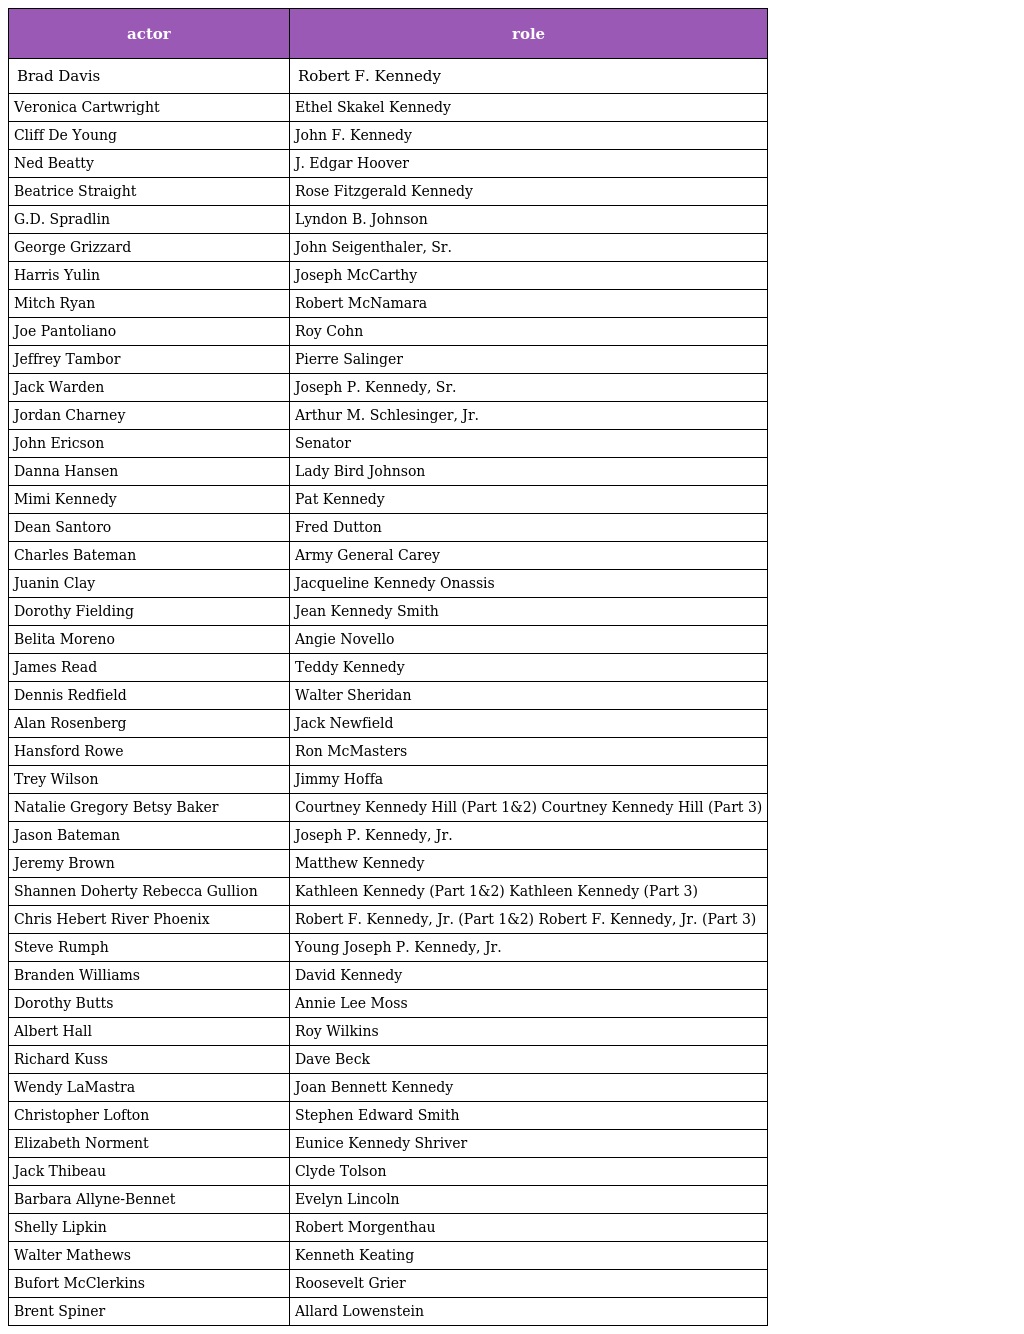
| actor | role |
 | --- | --- |
 | Brad Davis | Robert F. Kennedy |
 | Veronica Cartwright | Ethel Skakel Kennedy |
 | Cliff De Young | John F. Kennedy |
 | Ned Beatty | J. Edgar Hoover |
 | Beatrice Straight | Rose Fitzgerald Kennedy |
 | G.D. Spradlin | Lyndon B. Johnson |
 | George Grizzard | John Seigenthaler, Sr. |
 | Harris Yulin | Joseph McCarthy |
 | Mitch Ryan | Robert McNamara |
 | Joe Pantoliano | Roy Cohn |
 | Jeffrey Tambor | Pierre Salinger |
 | Jack Warden | Joseph P. Kennedy, Sr. |
 | Jordan Charney | Arthur M. Schlesinger, Jr. |
 | John Ericson | Senator |
 | Danna Hansen | Lady Bird Johnson |
 | Mimi Kennedy | Pat Kennedy |
 | Dean Santoro | Fred Dutton |
 | Charles Bateman | Army General Carey |
 | Juanin Clay | Jacqueline Kennedy Onassis |
 | Dorothy Fielding | Jean Kennedy Smith |
 | Belita Moreno | Angie Novello |
 | James Read | Teddy Kennedy |
 | Dennis Redfield | Walter Sheridan |
 | Alan Rosenberg | Jack Newfield |
 | Hansford Rowe | Ron McMasters |
 | Trey Wilson | Jimmy Hoffa |
 | Natalie Gregory Betsy Baker | Courtney Kennedy Hill (Part 1&2) Courtney Kennedy Hill (Part 3) |
 | Jason Bateman | Joseph P. Kennedy, Jr. |
 | Jeremy Brown | Matthew Kennedy |
 | Shannen Doherty Rebecca Gullion | Kathleen Kennedy (Part 1&2) Kathleen Kennedy (Part 3) |
 | Chris Hebert River Phoenix | Robert F. Kennedy, Jr. (Part 1&2) Robert F. Kennedy, Jr. (Part 3) |
 | Steve Rumph | Young Joseph P. Kennedy, Jr. |
 | Branden Williams | David Kennedy |
 | Dorothy Butts | Annie Lee Moss |
 | Albert Hall | Roy Wilkins |
 | Richard Kuss | Dave Beck |
 | Wendy LaMastra | Joan Bennett Kennedy |
 | Christopher Lofton | Stephen Edward Smith |
 | Elizabeth Norment | Eunice Kennedy Shriver |
 | Jack Thibeau | Clyde Tolson |
 | Barbara Allyne-Bennet | Evelyn Lincoln |
 | Shelly Lipkin | Robert Morgenthau |
 | Walter Mathews | Kenneth Keating |
 | Bufort McClerkins | Roosevelt Grier |
 | Brent Spiner | Allard Lowenstein |